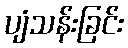
ပျံသန်းခြင်း